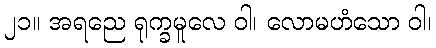
၂၁။ အရညေ ရုက္ခမူလေ ဝါ၊ လောမဟံသော ဝါ၊